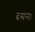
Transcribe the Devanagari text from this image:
दमन।